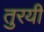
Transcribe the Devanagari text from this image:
तुरयी